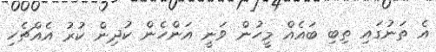
އެ ތަނުގައި ތިބި ބައެއް މީހުން ވަނީ އަންހެން ކުދިން ކުރު އެއްޗެހި